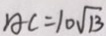
A C = 1 0 \sqrt { 1 3 }